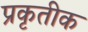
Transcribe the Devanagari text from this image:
प्रकृतीक